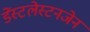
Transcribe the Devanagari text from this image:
डेंस्टलेस्टनजेन